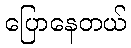
ပြောနေတယ်